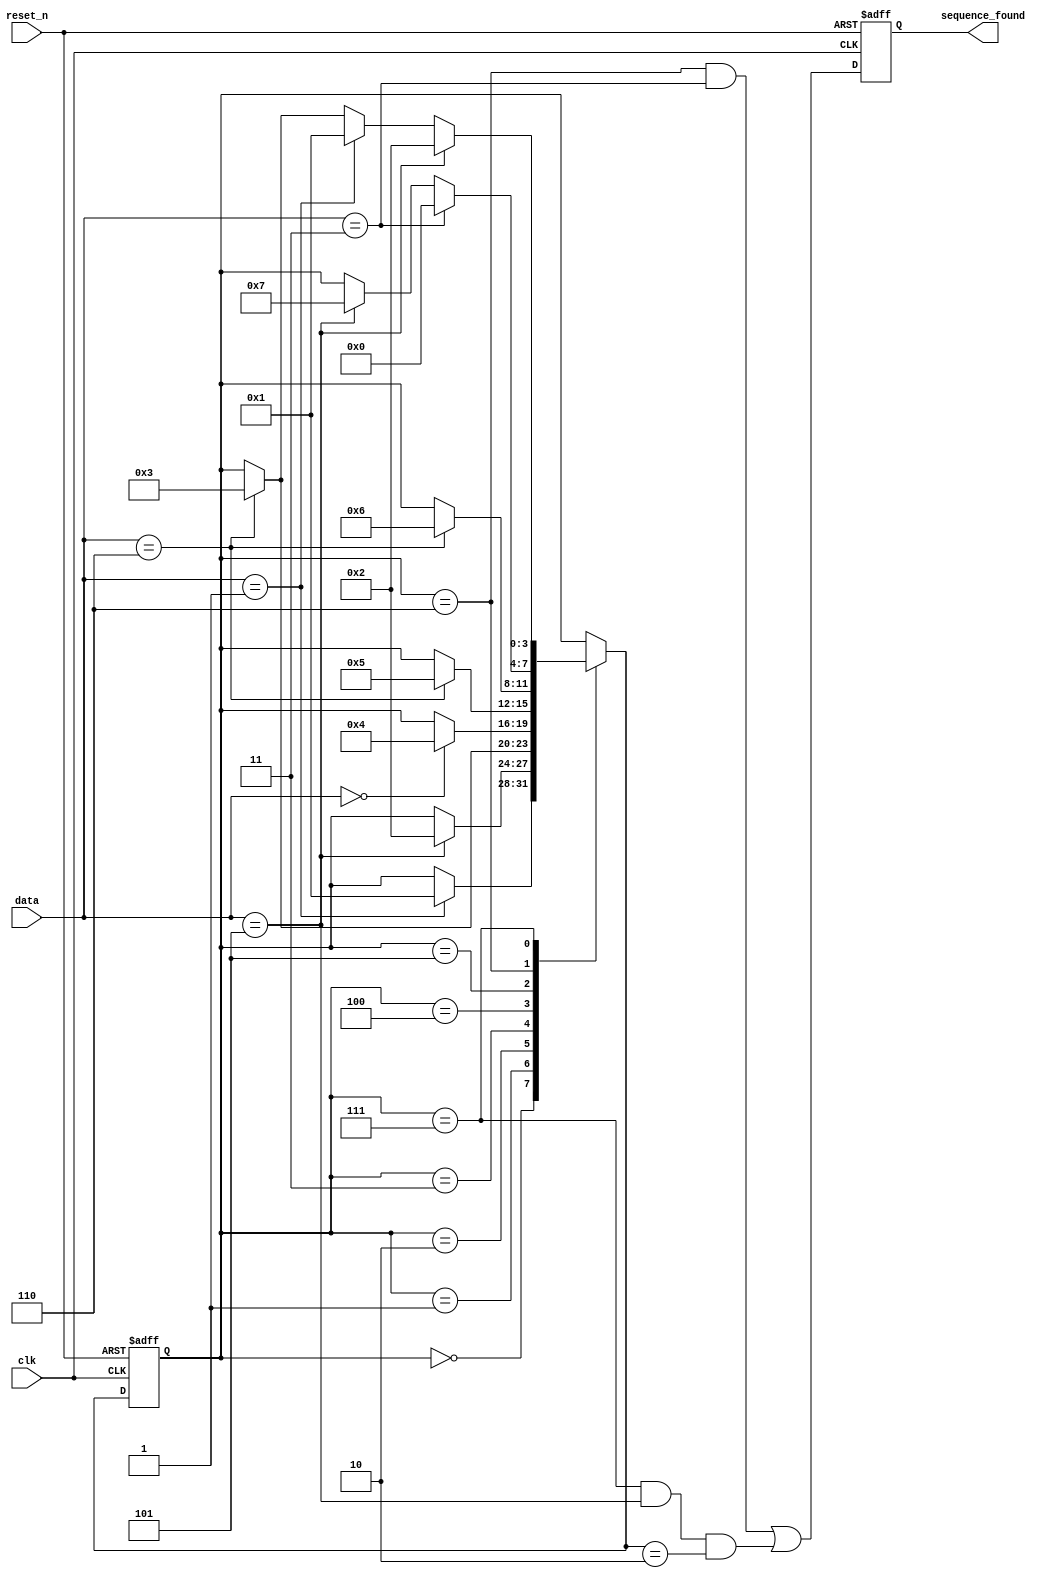
module sequence_detector (
    input wire clk,
    input wire reset_n,
    input wire [2:0] data,
    output reg sequence_found
);

    reg [3:0] state, next_state;

    // State encoding
    localparam S0 = 4'b0000,
               S1 = 4'b0001,
               S2 = 4'b0010,
               S3 = 4'b0011,
               S4 = 4'b0100,
               S5 = 4'b0101,
               S6 = 4'b0110,
               S7 = 4'b0111;

    // Next state logic
    always @(*) begin
        next_state = state;
        case (state)
            S0: if (data == 3'b001) next_state = S1;
            S1: if (data == 3'b101) next_state = S2;
            S2: if (data == 3'b110) next_state = S3;
            S3: if (data == 3'b000) next_state = S4;
            S4: if (data == 3'b110) next_state = S5;
            S5: if (data == 3'b110) next_state = S6;
            S6: if (data == 3'b011) next_state = S0;
                 else if (data == 3'b101) next_state = S7;
            S7: if (data == 3'b101) next_state = S2;
                 else if (data == 3'b001) next_state = S1;
                 else if (data == 3'b110) next_state = S3;
        endcase
    end

    // State register and sequence_found output
    always @(posedge clk or negedge reset_n) begin
        if (!reset_n) begin
            state <= S0;
            sequence_found <= 1'b0;
        end else begin
            state <= next_state;
            sequence_found <= (state == S6 && data == 3'b011) || (state == S7 && data == 3'b101 && next_state == S2);
        end
    end

endmodule